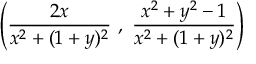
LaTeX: \left( { \frac { 2 x } { x ^ { 2 } + ( 1 + y ) ^ { 2 } } } \ , \ { \frac { x ^ { 2 } + y ^ { 2 } - 1 } { x ^ { 2 } + ( 1 + y ) ^ { 2 } } } \right)